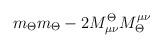
LaTeX: \begin{align*}m_\Theta m_\Theta - 2M^\Theta_{\mu\nu}M_\Theta^{\mu\nu}\end{align*}